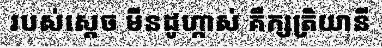
របស់ស្តេច មីនដូហ្កាស់ គឺក្សត្រិយានី